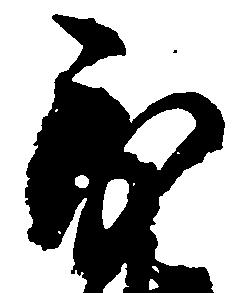
到